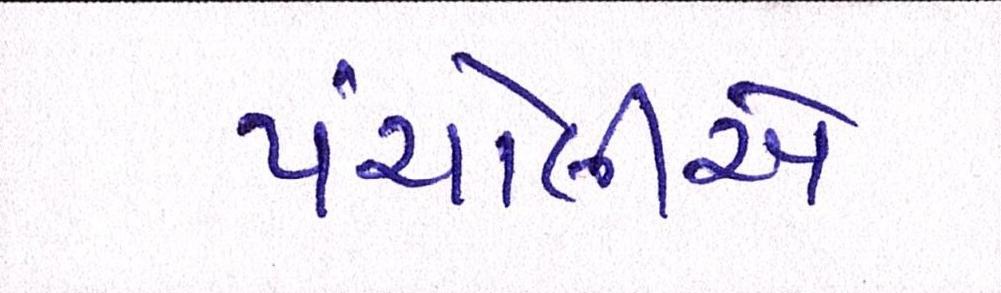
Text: પંચોલીએ